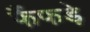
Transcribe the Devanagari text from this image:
फैंफड़े